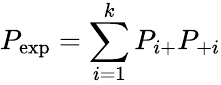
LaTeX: P_{\exp}=\sum_{i=1}^{k}P_{i+}P_{+i}